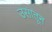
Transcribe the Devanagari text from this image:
उसातून